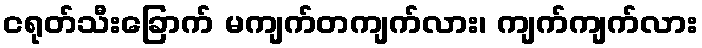
ငရုတ်သီးခြောက် မကျက်တကျက်လား၊ ကျက်ကျက်လား